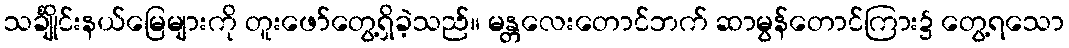
သင်္ချိုင်းနယ်မြေများကို တူးဖော်တွေ့ရှိခဲ့သည်။ မန္တလေးတောင်ဘက် ဆာမွန်တောင်ကြား၌ တွေ့ရသော